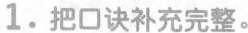
1.把口诀补充完整。